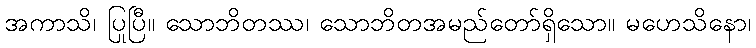
အကာသိ၊ ပြုပြီ။ သောဘိတဿ၊ သောဘိတအမည်တော်ရှိသော။ မဟေသိနော၊